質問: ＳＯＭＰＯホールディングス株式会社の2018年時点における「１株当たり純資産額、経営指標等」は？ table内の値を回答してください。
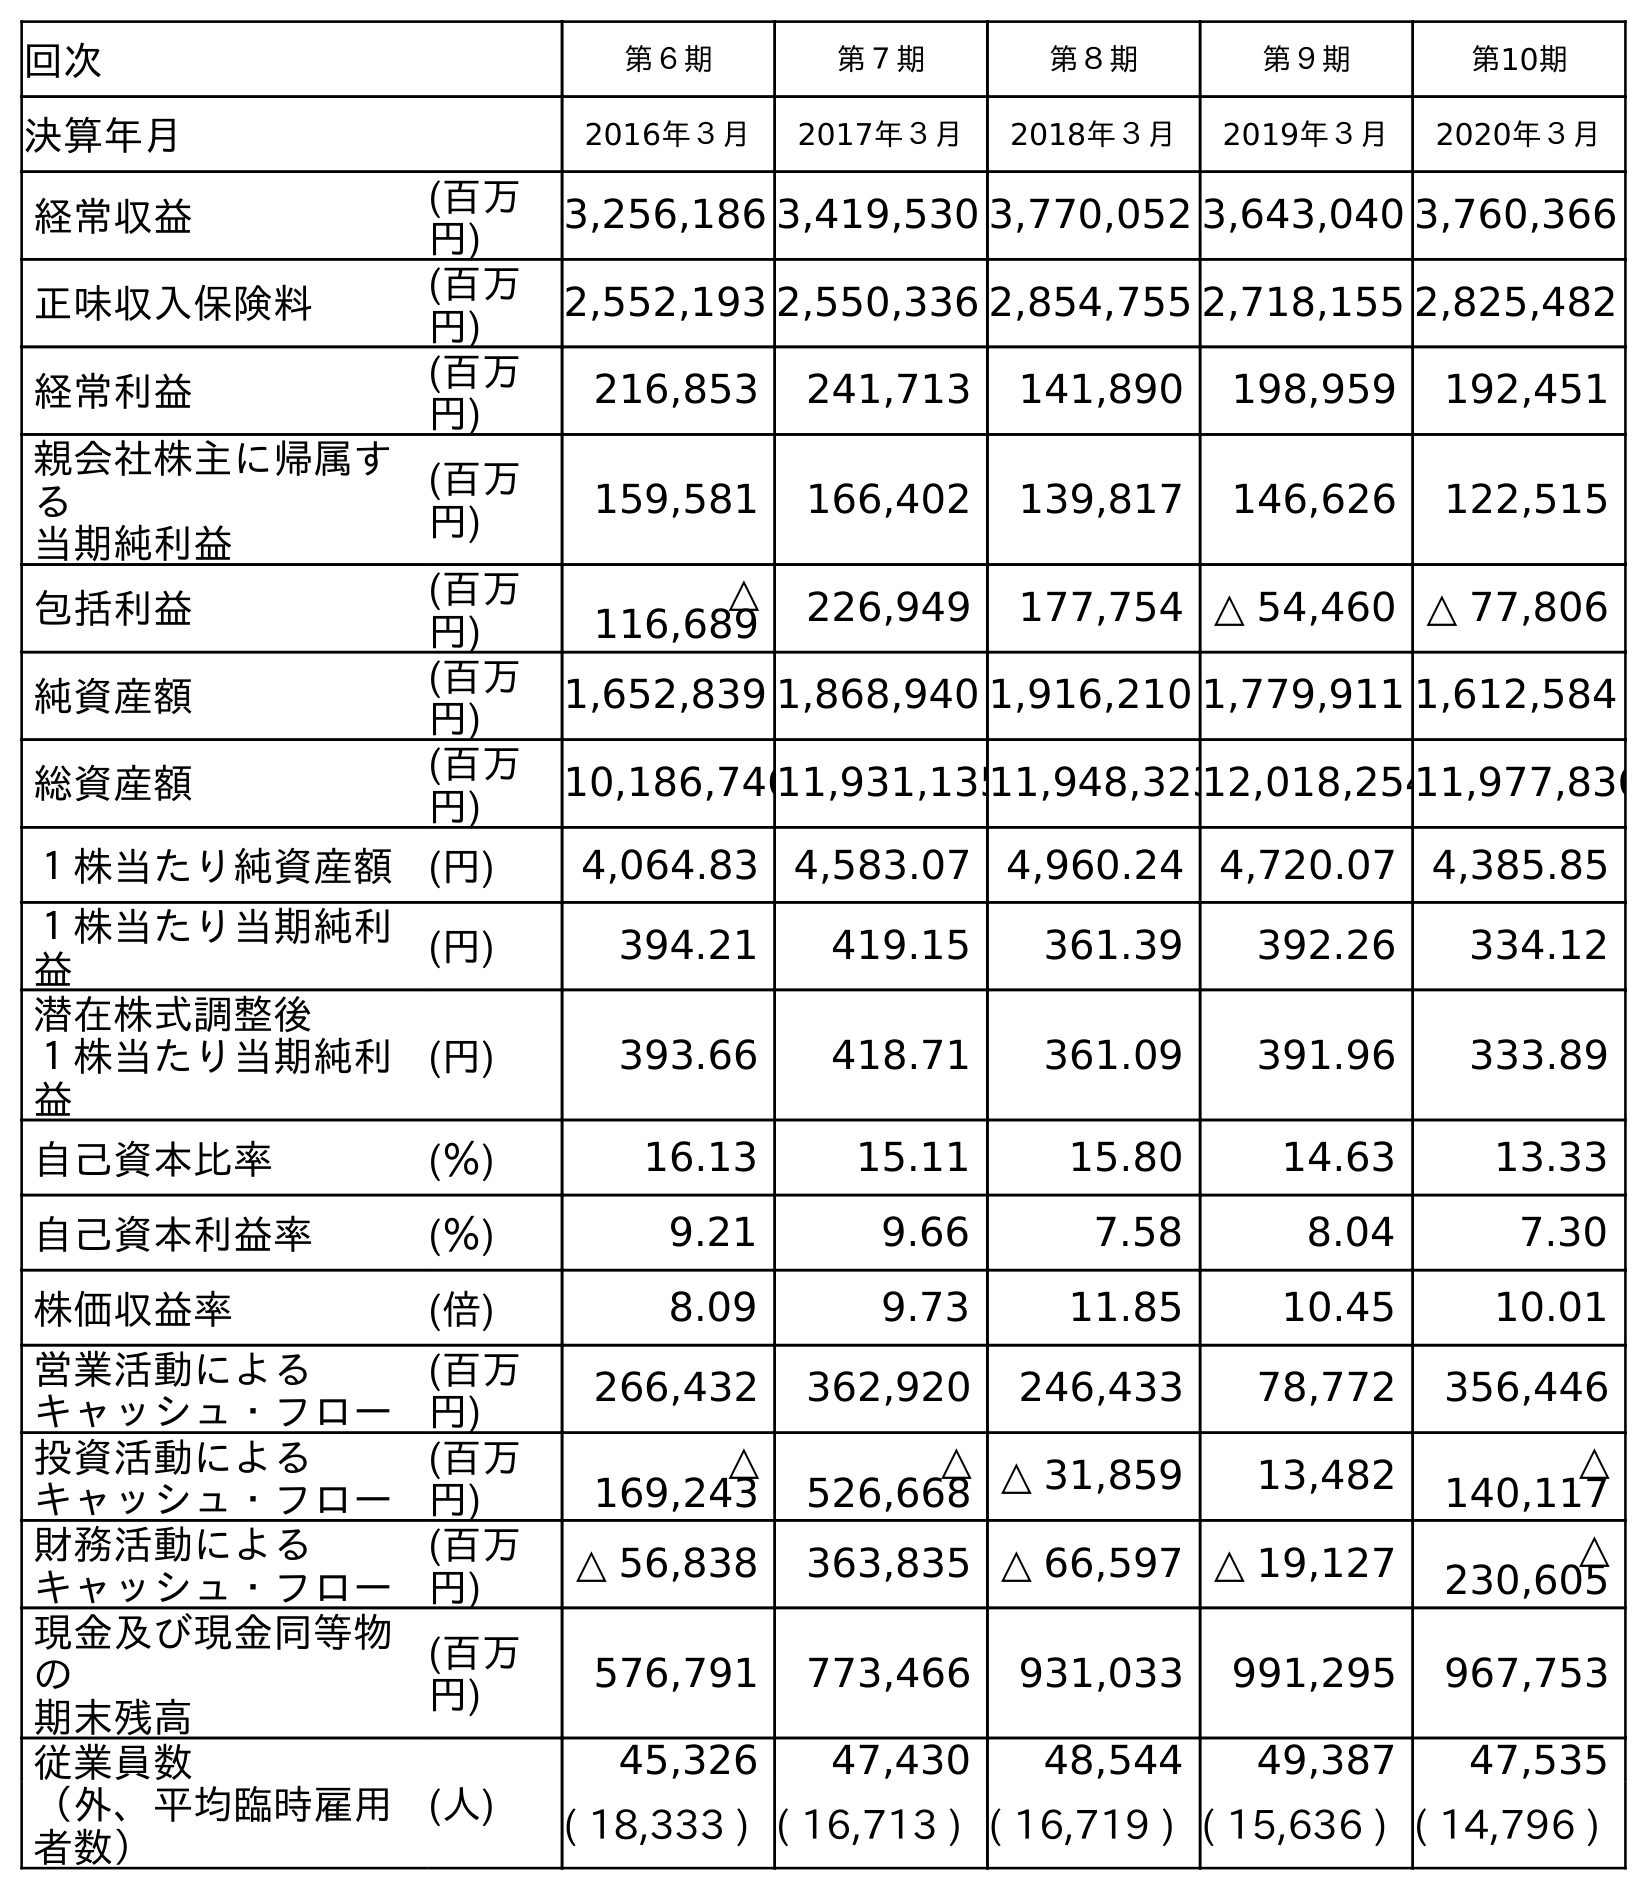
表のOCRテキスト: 回次 第６期 第７期 第８期 第９期 第10期 決算年月 2016年３月 2017年３月 2018年３月 2019年３月 2020年３月 経常収益 (百万 円) 3,256,186 3,419,530 3,770,052 3,643,040 3,760,366 正味収入保険料 (百万 円) 2,552,193 2,550,336 2,854,755 2,718,155 2,825,482 経常利益 (百万 円) 216,853 241,713 141,890 198,959 192,451 親会社株主に帰属す る 当期純利益 (百万 円) 159,581 166,402 139,817 146,626 122,515 包括利益 (百万 円) △ 116,689 226,949 177,754 △ 54,460 △ 77,806 純資産額 (百万 円) 1,652,839 1,868,940 1,916,210 1,779,911 1,612,584 総資産額 (百万 円) 10,186,74611,931,13511,948,32312,018,25411,977,836 １株当たり純資産額 (円) 4,064.83 4,583.07 4,960.24 4,720.07 4,385.85 １株当たり当期純利 益 (円) 394.21 419.15 361.39 392.26 334.12 潜在株式調整後 １株当たり当期純利 益 (円) 393.66 418.71 361.09 391.96 333.89 自己資本比率 (％) 16.13 15.11 15.80 14.63 13.33 自己資本利益率 (％) 9.21 9.66 7.58 8.04 7.30 株価収益率 (倍) 8.09 9.73 11.85 10.45 10.01 営業活動による キャッシュ・フロー (百万 円) 266,432 362,920 246,433 78,772 356,446 投資活動による キャッシュ・フロー (百万 円) △ 169,243 △ 526,668 △ 31,859 13,482 △ 140,117 財務活動による キャッシュ・フロー (百万 円) △ 56,838 363,835 △ 66,597 △ 19,127 △ 230,605 現金及び現金同等物 の 期末残高 (百万 円) 576,791 773,466 931,033 991,295 967,753 従業員数 (人) 45,326 47,430 48,544 49,387 47,535 （外、平均臨時雇用 者数） ( 18,333 ) ( 16,713 ) ( 16,719 ) ( 15,636 ) ( 14,796 )
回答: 4,960.24